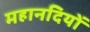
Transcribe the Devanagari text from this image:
महानदियों